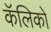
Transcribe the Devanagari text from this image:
कॅलिको